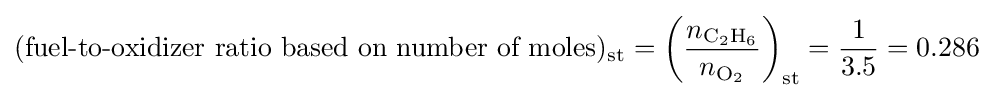
({\text{fuel-to-oxidizer ratio based on number of moles}})_{\text{st}}=\left({\frac {n_{{\ce {C2H6}}}}{n_{{\ce {O2}}}}}\right)_{\text{st}}={\frac {1}{3.5}}=0.286